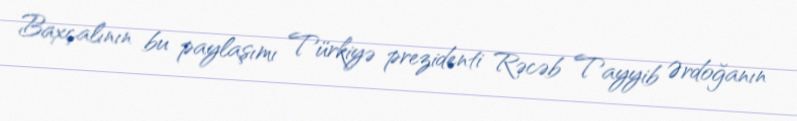
Baxçalının bu paylaşımı Türkiyə prezidenti Rəcəb Tayyib Ərdoğanın